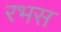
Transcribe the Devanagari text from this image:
रभस